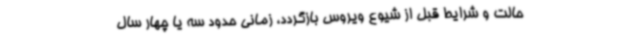
حالت و شرایط قبل از شیوع ویروس بازگردد، زمانی حدود سه یا چهار سال